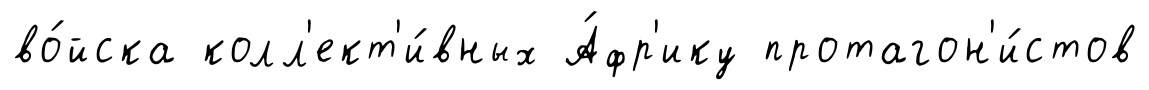
во́йска колл'ект'и́вных А́фр'ику протагон'и́стов